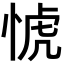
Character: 𢜜